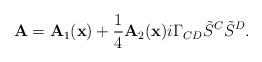
LaTeX: \begin{align*}{\bf A}={\bf A}_1({\bf x})+{1\over4}{\bf A}_2({\bf x})i\Gamma_{CD}{\tilde S}^C{\tilde S}^D.\end{align*}